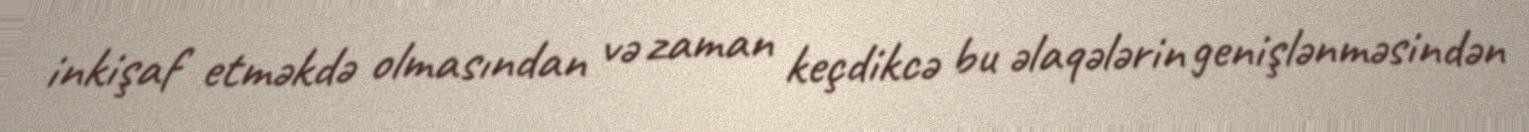
inkişaf etməkdə olmasından və zaman keçdikcə bu əlaqələrin genişlənməsindən